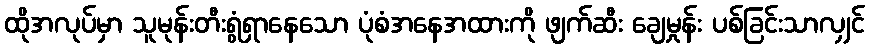
ထိုအလုပ်မှာ သူမုန်းတီးရွံရှာနေသော ပုံစံအနေအထားကို ဖျက်ဆီး ချေမှုန်း ပစ်ခြင်းသာလျှင်